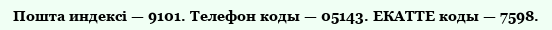
Пошта индексі — 9101. Телефон коды — 05143. ЕКАТТЕ коды — 7598.